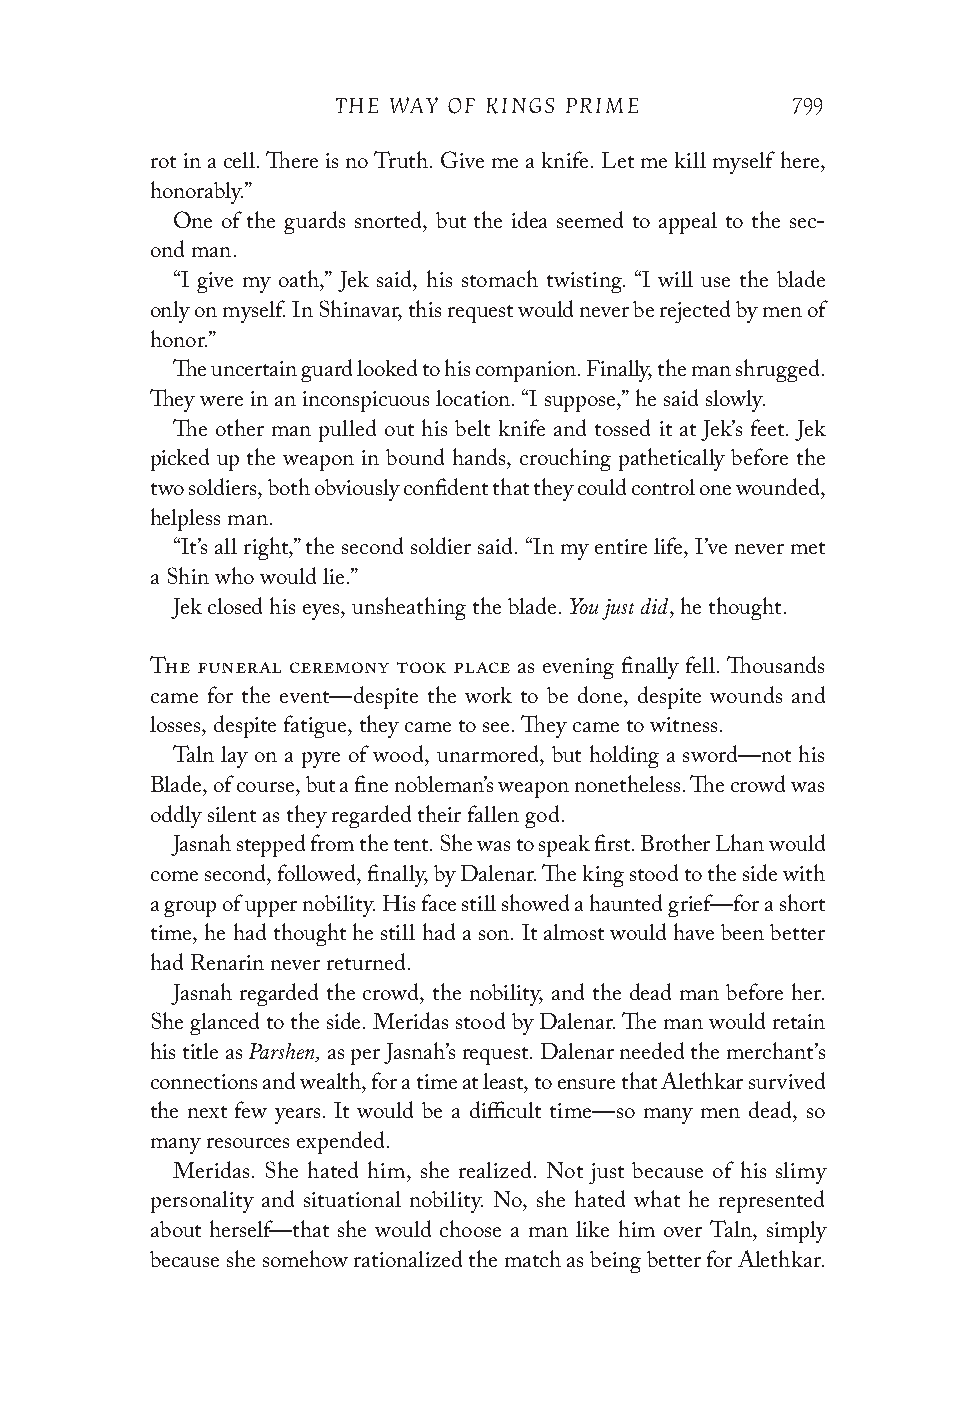
THE WAY OF KINGS PRIME        799
 rot in a cell. There is no Truth. Give me a knife. Let me kill myself here,
 honorably.”
 One of the guards snorted, but the idea seemed to appeal to the sec-
 ond man.
 “I give my oath,” Jek said, his stomach twisting. “I will use the blade
 only on myself. In Shinavar, this request would never be rejected by men of
 honor.”
 The uncertain guard looked to his companion. Finally, the man shrugged.
 They were in an inconspicuous location. “I suppose,” he said slowly.
 The other man pulled out his belt knife and tossed it at Jek’s feet. Jek
 picked up the weapon in bound hands, crouching pathetically before the
 two soldiers, both obviously confident that they could control one wounded,
 helpless man.
 “It’s all right,” the second soldier said. “In my entire life, I’ve never met
 a Shin who would lie.”
 You just did
 Jek closed his eyes, unsheathing the blade. , he thought.
 The funeral ceremony took place as evening finally fell. Thousands
 came for the event—despite the work to be done, despite wounds and
 losses, despite fatigue, they came to see. They came to witness.
 Taln lay on a pyre of wood, unarmored, but holding a sword—not his
 Blade, of course, but a fine nobleman’s weapon nonetheless. The crowd was
 oddly silent as they regarded their fallen god.
 Jasnah stepped from the tent. She was to speak first. Brother Lhan would
 come second, followed, finally, by Dalenar. The king stood to the side with
 a group of upper nobility. His face still showed a haunted grief—for a short
 time, he had thought he still had a son. It almost would have been better
 had Renarin never returned.
 Jasnah regarded the crowd, the nobility, and the dead man before her.
 She glanced to the side. Meridas stood by Dalenar. The man would retain
 Parshen,
 his title as as per Jasnah’s request. Dalenar needed the merchant’s
 connections and wealth, for a time at least, to ensure that Alethkar survived
 the next few years. It would be a difficult time—so many men dead, so
 many resources expended.
 Meridas. She hated him, she realized. Not just because of his slimy
 personality and situational nobility. No, she hated what he represented
 about herself—that she would choose a man like him over Taln, simply
 because she somehow rationalized the match as being better for Alethkar.